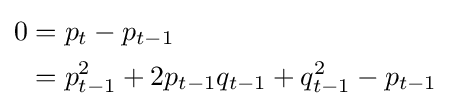
{\begin{aligned}0&=p_{t}-p_{t-1}\\&=p_{t-1}^{2}+2p_{t-1}q_{t-1}+q_{t-1}^{2}-p_{t-1}\end{aligned}}